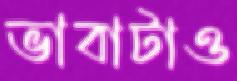
ভাবাটাও